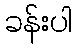
ခန်းပါ